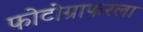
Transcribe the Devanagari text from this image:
फोटोग्राफरला